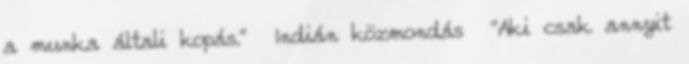
a munka általi kopás." Indián közmondás "Aki csak annyit